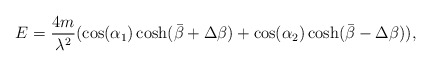
\begin{align*}E=\frac{4m}{\lambda^2}(\cos(\alpha_{1})\cosh(\bar{\beta}+\Delta\beta)+\cos(\alpha_{2})\cosh(\bar{\beta}-\Delta\beta)),\end{align*}